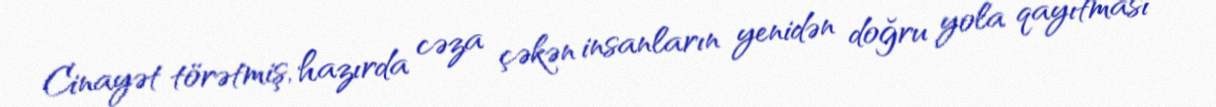
Cinayət törətmiş, hazırda cəza çəkən insanların yenidən doğru yola qayıtması